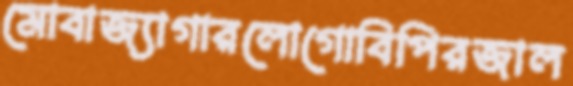
মোবাজ্যাগারলোগোবিপিরজাল